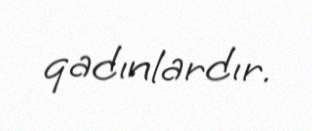
qadınlardır.